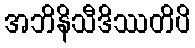
အဘိနိသီဒိဿတိပိ